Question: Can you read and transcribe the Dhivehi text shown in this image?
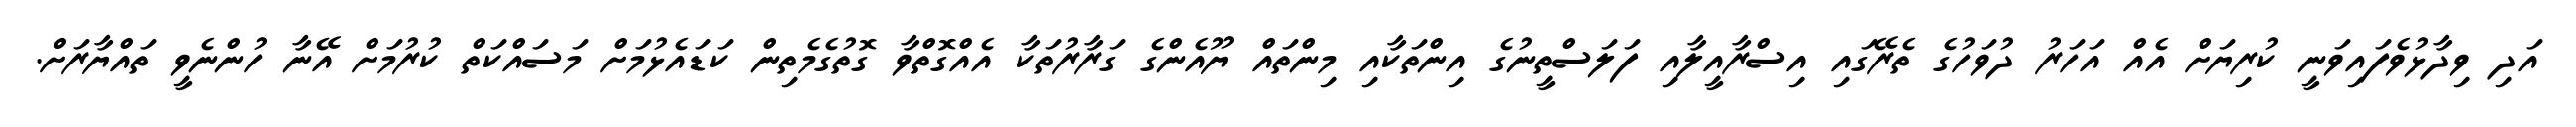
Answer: އަދި ވިދާޅުވެފައިވަނީ ކުރިޔަށް އެއް އަހަރު ދުވަހުގެ ތެރޭގައި އިސްރާއީލާއި ފަލަސްތީނުގެ އިންތަކާއި މިންތައް ޔޫއެންގެ ގަރާރުތަކާ އެއްގޮތްވާ ގޮތުގެމެތިން ކަޑައެޅުމަށް މަސައްކަތް ކުރުމަށް އޭނާ ހުންނެވީ ތައްޔާރަށް.